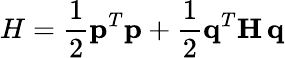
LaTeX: H={\frac{1}{2}}{\mathbf p}^{T}{\mathbf p}+{\frac{1}{2}}{\mathbf q}^{T}{\mathbf H}\, {\mathbf q}